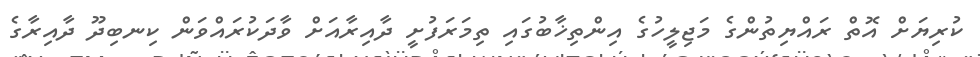
ކުރިޔަށް އޮތް ރައްޔިތުންގެ މަޖިލީހުގެ އިންތިޚާބުގައި ތިމަރަފުށީ ދާއިރާއަށް ވާދަކުރައްވަން ކިނބިދޫ ދާއިރާގެ